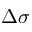
\Delta \sigma